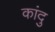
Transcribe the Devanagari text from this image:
कांदु